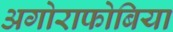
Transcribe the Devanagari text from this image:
अगोराफोबिया